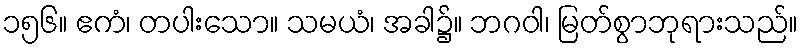
၁၅၆။ ဧကံ၊ တပါးသော။ သမယံ၊ အခါ၌။ ဘဂဝါ၊ မြတ်စွာဘုရားသည်။